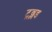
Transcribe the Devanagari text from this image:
ट्रब्लड